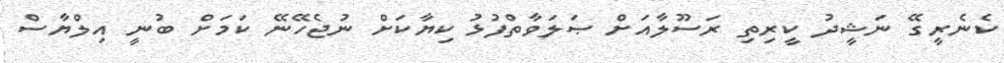
ކެނެރީގޭ ނަޝީދު ކީރިތި ރަސޫލާއަށް ޞަލަވާތްފުޅު ކިޔާކަށް ނުޖެހޭނޭ ކަމަށް ބުނީ އިލްޔާސް